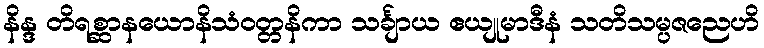
နိန္ဒ တိရစ္ဆာနယောနိသံဝတ္တနိကာ သင်္ချာယ ဧယျုမာဒီနံ သတိသမ္ပဇညေဟိ